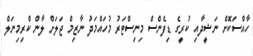
ހާއްސަކޮށް ނަޝީދާއި ކުރީގެ ޑިފެންސް މިނިސްޓަރު މުހައްމަދު ނާޒިމް ޖަލަށް ލާން ކްރިމިނަލް